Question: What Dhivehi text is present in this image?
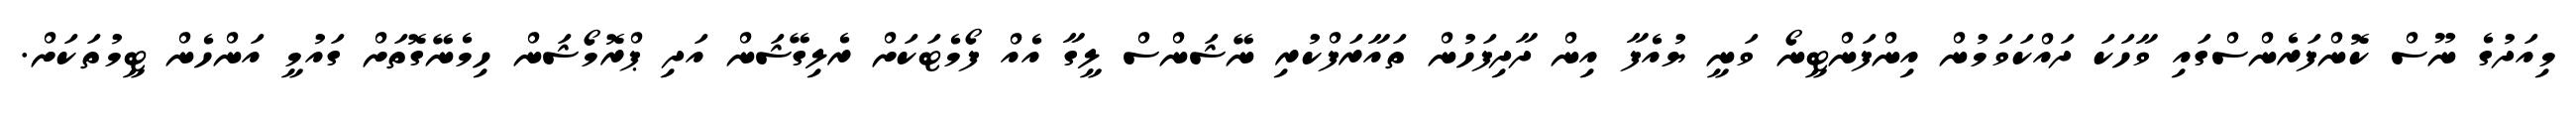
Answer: މިއަދުގެ ނޫސް ކޮންފަރެންސްގައި ވާހަކަ ދައްކަވަމުން އިންފަންޓީނޯ ވަނީ ޔުއެފާ އިން ދާދިފަހުން ތައާރަފްކުރި ނޭޝަންސް ލީގާ އެއް ފޯމެޓަކަށް ރެލިގޭޝަން އަދި ޕްރޮމޯޝަން ހިމެނޭގޮތަށް ގައުމީ އަންހެން ޓީމުތަކަށް.